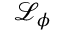
\mathcal { L } _ { \phi }